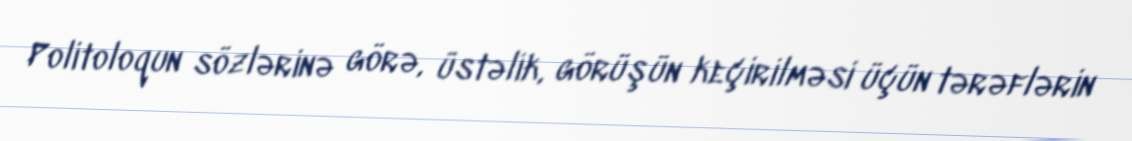
Politoloqun sözlərinə görə, üstəlik, görüşün keçirilməsi üçün tərəflərin